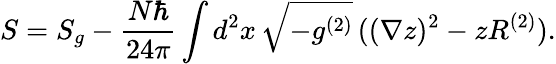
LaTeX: S=S_{g}-\frac{N\hbar}{24\pi}\int d^{2}x\, \sqrt{-g^{(2)}}\, ((\nabla z)^{2}-zR^{(2)}).